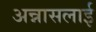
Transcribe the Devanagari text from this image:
अन्नासलाई